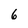
Character: 6